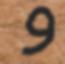
و